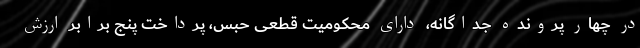
در چهار پرونده جداگانه، دارای محکومیت قطعی حبس، پرداخت پنج برابر ارزش